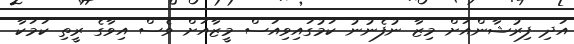
އަދި ފިރުޝާންއަށް މިޒާ ނުފެނުނު ކަމުގައިވިއަސް މީޒާއަށް ވެސް އިވާގެ ރީތި ކަމަކާ